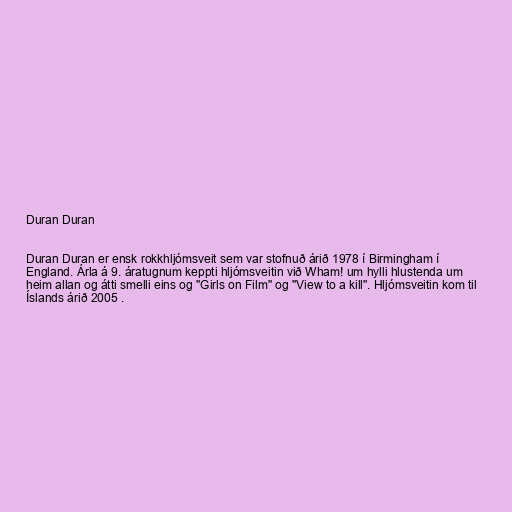
Duran Duran

Duran Duran er ensk rokkhljómsveit sem var stofnuð árið 1978 í Birmingham í
England. Árla á 9. áratugnum keppti hljómsveitin við Wham! um hylli hlustenda um
heim allan og átti smelli eins og "Girls on Film" og "View to a kill". Hljómsveitin kom til
Íslands árið 2005 .